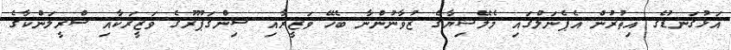
އަޅުގަނޑުގެ އިތުރުން އެޕެނަލްގައި މެލޭޝިޔާގެ ޒުވާނުންނާ ބެހޭ ވަޒީރާއި ސިންގަޕޫރުގެ ވަޒީރަކާއި ސްރީލަންކާގެ